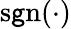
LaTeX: \operatorname{s\mathsf{g}n}({\mathord{\cdot}})